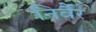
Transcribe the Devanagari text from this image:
निर्वैर